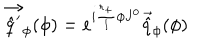
\vec { \hat { q } ^ { \prime } } _ { \phi } ( \phi ) = e ^ { i \frac { r _ { + } } { l } \phi J ^ { 0 } } \vec { \hat { q } } _ { \phi } ( \phi )